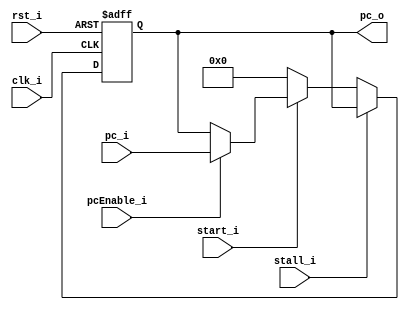
module PC
(
	clk_i,
    rst_i,
	start_i,
	stall_i,
	pcEnable_i,
	pc_i,
	pc_o
);

// Interface
input				   clk_i;
input				   rst_i;
input				   start_i;
input				   stall_i;
input          pcEnable_i;
input	 [31:0]		pc_i;
output	[31:0]		pc_o;

// Signals
reg		[31:0]		pc_o;

always@(posedge clk_i or negedge rst_i) begin
    if(~rst_i) begin
        pc_o <= 32'b0;
    end
    else begin
    	if(stall_i) begin
			pc_o <= pc_o;
    	end
    	else if(start_i)	begin
    		if( pcEnable_i )
    			pc_o <= pc_i;
    	end
    	else
    		pc_o <= 32'b0;
    end
end

endmodule